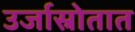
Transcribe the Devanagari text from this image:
उर्जास्रोतात